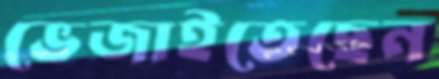
ভেজাইতেছেন